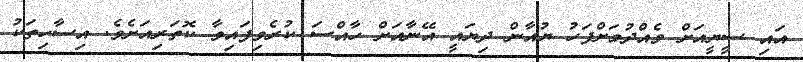
އައި ސީޔީއަށް ވެއްދުމަށްފަހު ޔުއާން ދިޔައީ އޭނާއަށް ހާއްސަ ކުރެވިފައިވާ ކޮތަރިއަށެވެ. އިސާހިތަކު